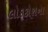
લોકકોશના